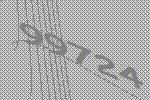
99724